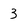
Character: 3